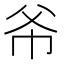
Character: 𫷁